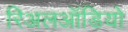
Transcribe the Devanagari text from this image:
रिअलऑडियो